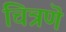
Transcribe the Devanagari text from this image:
चित्रणॆ